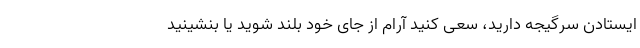
ایستادن سرگیجه دارید، سعی کنید آرام از جای خود بلند شوید یا بنشینید